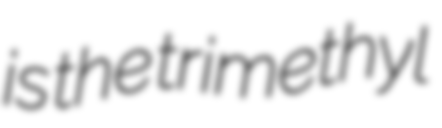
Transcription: is the trimethyl